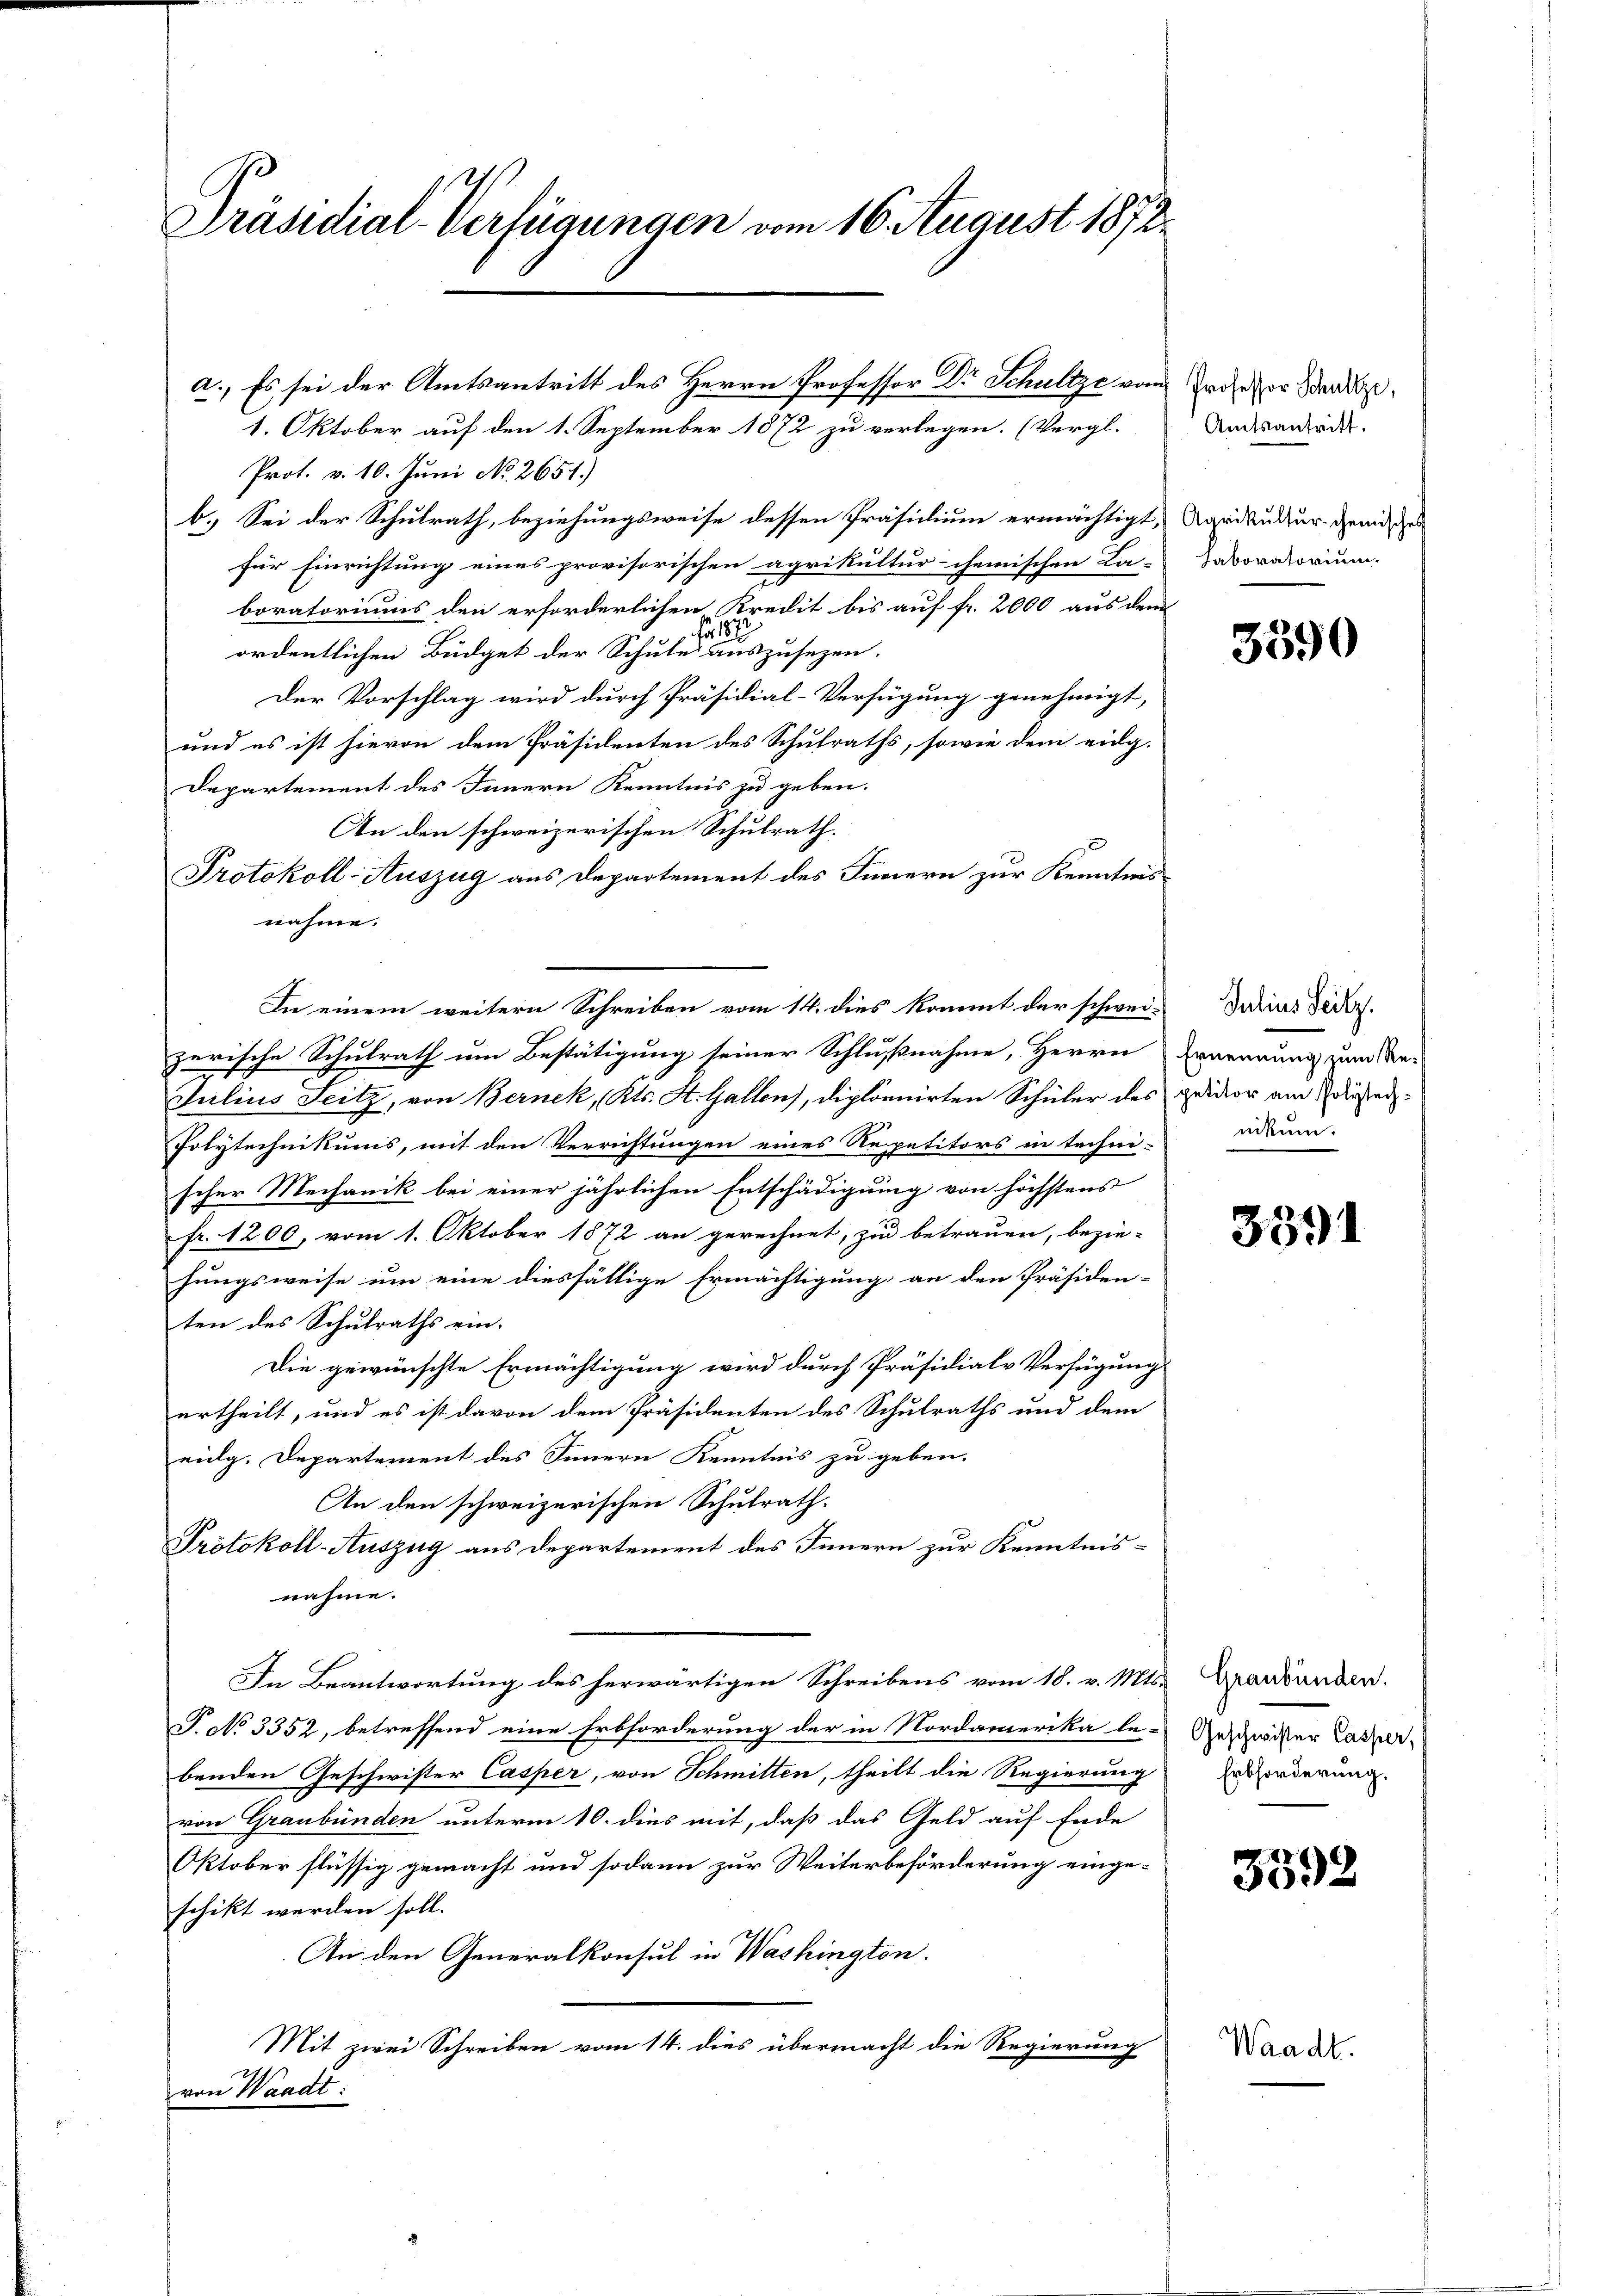
Präsidial-Verfügungen vom 16. August 1872.

1. Oktober auf den 1. September 1872 zu verlegen. (Vergl.
Prot. v. 10. Juni No. 2651.)
b.) Sei der Schulrath, beziehungsweise dessen Präsidium ermächtigt, Agrikultur gemit de
für Einrichtung eines provisorischen agrikultur- chemischen La-
boratoriums den erforderlichen Kredit bis auf fr. 2000 aus dem
2187
ordentlichen Büdget der Schule auszusezen.
Der Vorschlag wird durch Präsidial-Verfügung genehmigt,
und es ist hievon dem Präsidenten des Schulraths, sowie dem eidg.
Departement des Innern Kenntnis zu geben.
An den schweizerischen Schulrath.
Protokoll-Auszug aus Departement des Innern zur Kenntnis
nahme.
In einem weitern Schreiben vom 14. dies kommt der schwei-
zerische Schulrath um Bestätigung seiner Schlußnahme, Herrn Ernennung zum Be-
Julius Seitz, von Bernek, Kts. St. Gallen, diplonnirten Schüler des gedictor am Priesten¬
Polytechnikums, mit den Verrichtungen eines Repetitors in techni-
scher Mechanik bei einer jährlichen Entschädigung von höchstens
fr. 1200, vom 1. Oktober 1872 an gerechnet, zu betrauen, bezie-
hungsweise um eine diesfällige Ermächtigung an den Präsiden-
ten des Schulraths ein-
Die gewünschte Ermächtigung wird durch Präsidiale Verfügung
ertheilt, und es ist davon dem Präsidenten des Schulraths und dem
eidg. Departement des Innern Kenntnis zu geben.
An den schweizerischen Schulrath.
Protokoll-Auszug aus Departement des Innern zur Kenntnisnahme.
In Beantwortung des herwärtigen Schreibens vom 18. v. Mts.
T. No 3352, betreffend eine Erbforderung der in Nordamerika le-Geschwister Caspar
benden Geschwister Casper, von Schmitten, theilt die Regierung
von Graubünden unterm 10. dies mit, daß das Geld auf Ende
Oktober flüssig gemacht und sodann zur Weiterbeförderung eingeschikt werden soll.
An den Generalkonsul in Washington.
Mit zwei Schreiben vom 14. dies übermacht die Regierung
von Waadt:

a.) Es sei der Amtsantritt des Herrn Professor Dr Schultze vom Erde der Sand¬

Amtsantritt.
Taboratorium.

3390

Julius Seitz.
nikum.

3591

Graubünden.
Erbforderung.

3592

Waadt